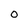
Character: O